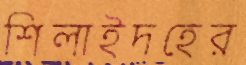
শিলাইদহের